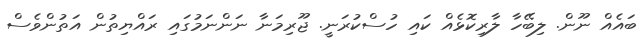
ބައެއް ނޫން. ލިބޭހާ ލާރިކޮޅެއް ކައި ހުސްކުރަނީ. ޖޫރިމަނާ ނަންނަމުގައި ރައްޔިތުން އަތުންވެސް